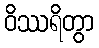
ဝိဿရိတွာ